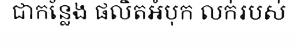
ជាកន្លែង ផលិតអំបុក លក់របស់